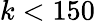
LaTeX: k<150